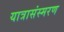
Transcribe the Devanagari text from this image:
यात्रासंस्मरण